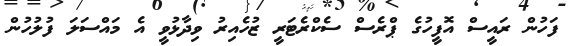
ފަހުން ރައީސް އޮފީހުގެ ޕްރެސް ސެކްރެޓަރީ ޒުހެއިރު ވިދާޅުވީ އެ މައްސަލަ ފުލުހުން